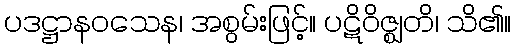
ပဒဋ္ဌာနဝသေန၊ အစွမ်းဖြင့်။ ပဋိဝိဇ္ဈတိ၊ သိ၏။